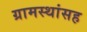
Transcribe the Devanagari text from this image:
ग्रामस्थांसह